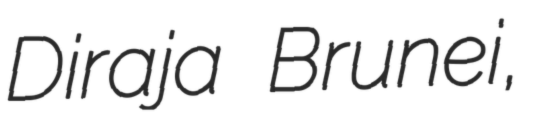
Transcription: Diraja Brunei,